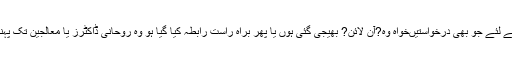
روحانی علاج کے لئے جو بھی درخواستیںخواہ وہ?آن لائن? بھیجی گئی ہوں یا پھر براہ راست رابطہ کیا گیا ہو وہ روحانی ڈاکٹرز یا معالجین تک پہنچا دی جاتی ہیں۔